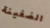
الضغينة